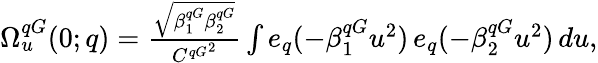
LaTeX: \begin{array}{r}{\Omega_{u}^{qG}(0;q)=\frac{\sqrt{\beta_{1}^{qG}\beta_{2}^{qG}}}{{C^{qG}}^{2}}\int e_{q}(-\beta_{1}^{qG}u^{2})\, e_{q}(-\beta_{2}^{qG}u^{2})\, du,}\end{array}